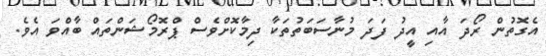
އެގޮތުން ރޯދަ އާއި އީދު ފަދަ މުނާސަބަތުތަކާ ދިމާކޮށްވެސް ޕްރޮމޯޝަންތައް ބާއްވަ އެވެ.